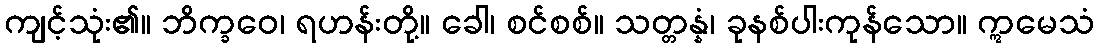
ကျင့်သုံး၏။ ဘိက္ခဝေ၊ ရဟန်းတို့။ ခေါ၊ စင်စစ်။ သတ္တန္နံ၊ ခုနစ်ပါးကုန်သော။ ဣမေသံ